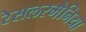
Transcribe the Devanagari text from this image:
रेसलरमैनिया